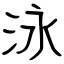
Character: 泳